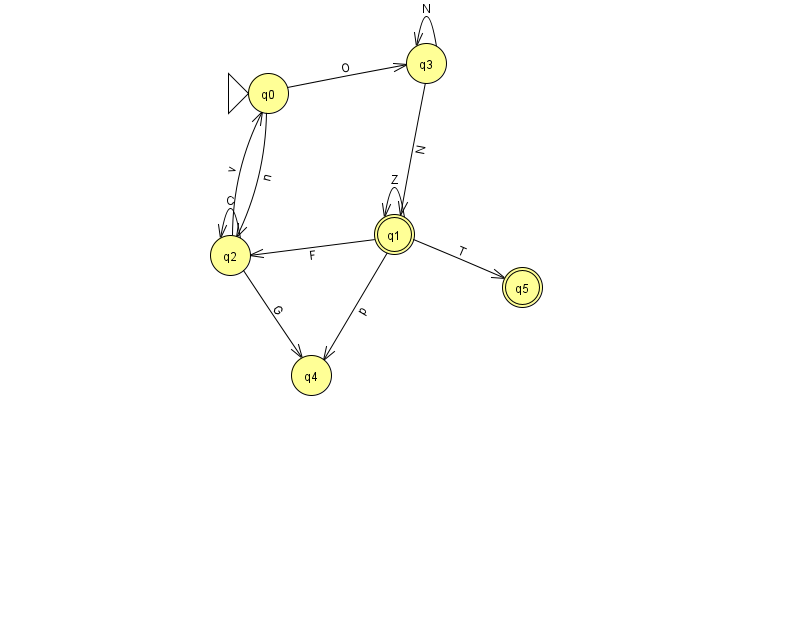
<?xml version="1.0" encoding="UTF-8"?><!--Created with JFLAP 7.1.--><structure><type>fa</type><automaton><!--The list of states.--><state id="0" name="q0"><x>268.0</x><y>80.0</y><initial/></state><state id="1" name="q1"><x>394.0</x><y>221.0</y><final/></state><state id="2" name="q2"><x>230.0</x><y>242.0</y></state><state id="3" name="q3"><x>426.0</x><y>50.0</y></state><state id="4" name="q4"><x>311.0</x><y>362.0</y></state><state id="5" name="q5"><x>522.0</x><y>274.0</y><final/></state><!--The list of transitions.--><transition><from>1</from><to>2</to><read>F</read></transition><transition><from>2</from><to>2</to><read>C</read></transition><transition><from>2</from><to>0</to><read>v</read></transition><transition><from>1</from><to>1</to><read>Z</read></transition><transition><from>3</from><to>1</to><read>N</read></transition><transition><from>0</from><to>2</to><read>n</read></transition><transition><from>1</from><to>5</to><read>T</read></transition><transition><from>2</from><to>4</to><read>G</read></transition><transition><from>3</from><to>3</to><read>N</read></transition><transition><from>0</from><to>3</to><read>O</read></transition><transition><from>1</from><to>4</to><read>p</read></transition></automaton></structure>